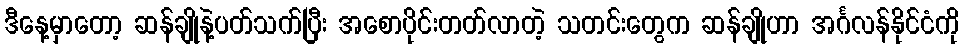
ဒီနေ့မှာတော့ ဆန်ချိုနဲ့ပတ်သက်ပြီး အစောပိုင်းတတ်လာတဲ့ သတင်းတွေက ဆန်ချိုဟာ အင်္ဂလန်နိုင်ငံကို